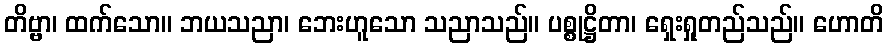
တိဗ္ဗာ၊ ထက်သော။ ဘယသညာ၊ ဘေးဟူသော သညာသည်။ ပစ္စုဋ္ဌိတာ၊ ရှေးရှုတည်သည်။ ဟောတိ